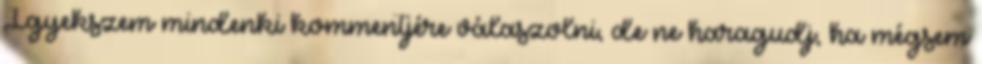
Igyekszem mindenki kommentjére válaszolni, de ne haragudj, ha mégsem